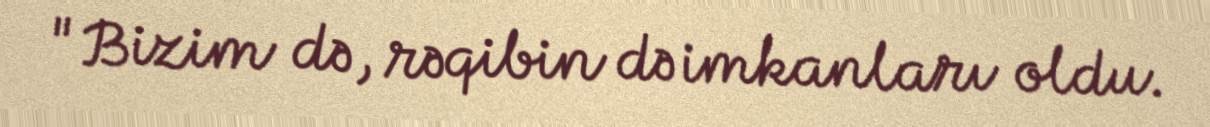
"Bizim də, rəqibin də imkanları oldu.